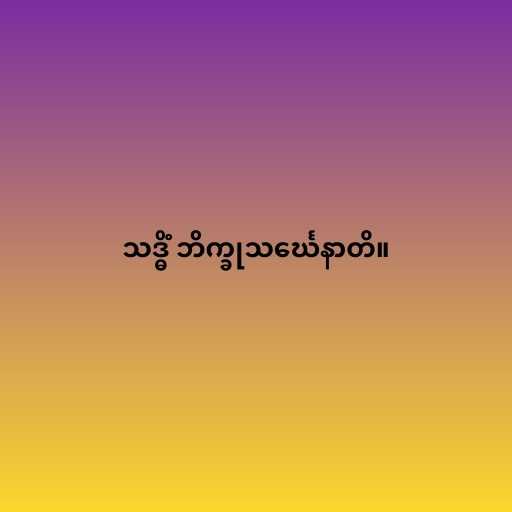
သဒ္ဓိံ ဘိက္ခုသင်္ဃေနာတိ။